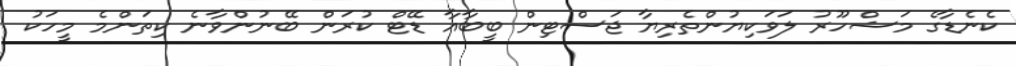
ކެނެޑާގެ މަޝްހޫރު ލަވަކިޔުންތެރިޔާ ޖަސްޓިން ބީބާއާ ޑޭޓް ކުރަން ބޭނުންވާނެ ކިތަންމެ މީހަކު